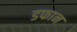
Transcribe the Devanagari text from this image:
डफान